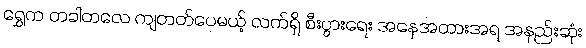
ရွှေက တခါတလေ ကျတတ်ပေမယ့် လက်ရှိ စီးပွားရေး အနေအထားအရ အနည်းဆုံး